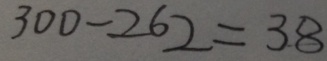
3 0 0 - 2 6 2 = 3 8